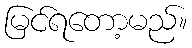
မြင်ရတော့မည်။